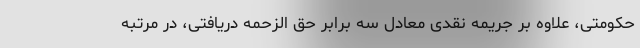
حکومتی، علاوه بر جریمه نقدی معادل سه برابر حق الزحمه دریافتی، در مرتبه